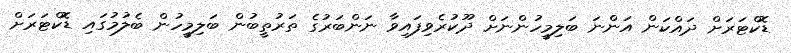
ޑޮކްޓަރަށް ދައްކަން އަންނަ ބަލިމީހުންނަށް ދޫކުރެވިފައިވާ ނަންބަރުގެ ތަރުތީބުން ބަލިމީހުން ބެލުމުގައި ޑޮކްޓަރަށް